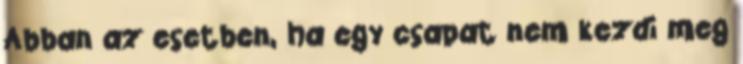
Abban az esetben, ha egy csapat nem kezdi meg